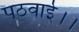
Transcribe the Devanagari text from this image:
पठवाई।।